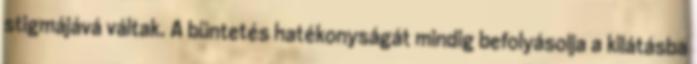
stigmájává váltak. A büntetés hatékonyságát mindig befolyásolja a kilátásba